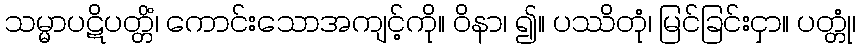
သမ္မာပဋိပတ္တိံ၊ ကောင်းသောအကျင့်ကို။ ဝိနာ၊ ၍။ ပဿိတုံ၊ မြင်ခြင်းငှာ။ ပတ္တုံ၊